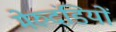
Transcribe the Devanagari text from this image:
मेरुदंडियों